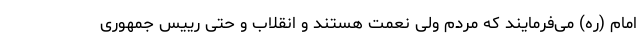
امام (ره) می‌فرمایند که مردم ولی نعمت هستند و انقلاب و حتی رییس جمهوری